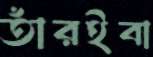
তাঁরইবা